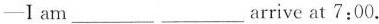
—I am ___ ___arrive at 7;00.